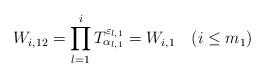
LaTeX: \begin{align*}W_{i,12}=\prod^i_{l=1}T^{\varepsilon_{l,1}}_{\alpha_{l,1}} = W_{i,1}\quad(i\le m_1)\end{align*}